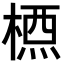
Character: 𣗇